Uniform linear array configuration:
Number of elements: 48
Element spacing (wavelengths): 1
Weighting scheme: binomial
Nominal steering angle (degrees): -30
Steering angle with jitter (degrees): -30.677
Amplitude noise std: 0.05
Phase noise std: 0.05

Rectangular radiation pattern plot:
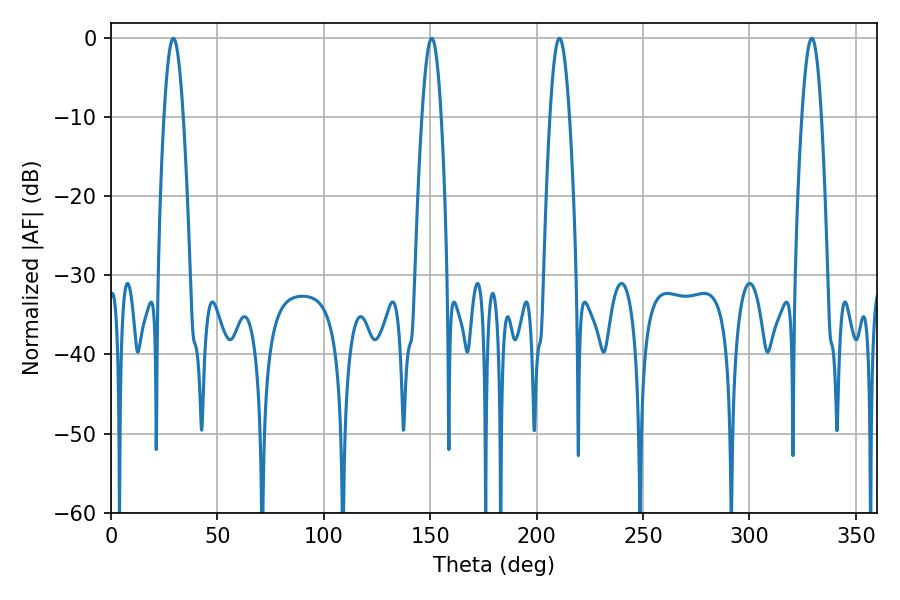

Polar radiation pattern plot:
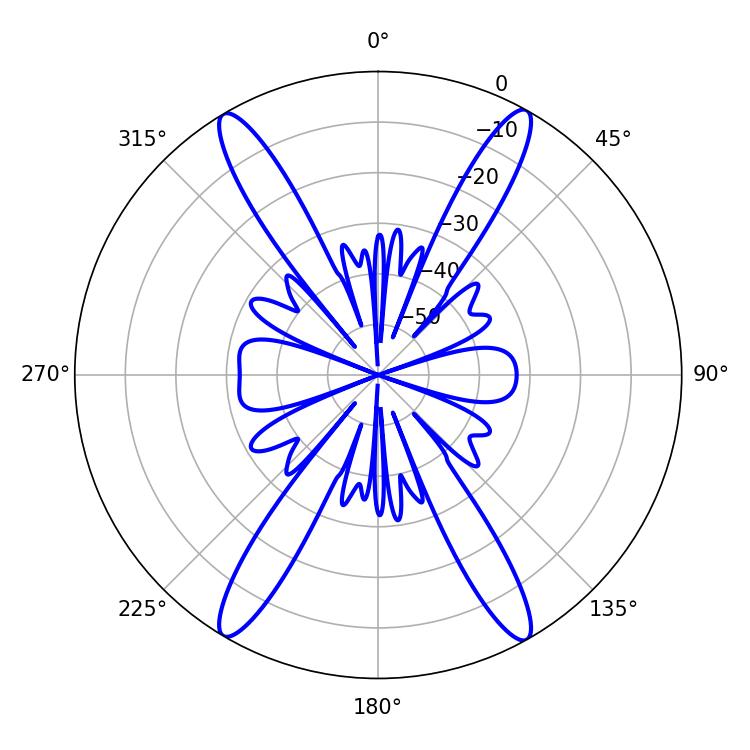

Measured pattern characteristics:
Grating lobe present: TRUE
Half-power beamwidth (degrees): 4.86
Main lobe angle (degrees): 29.34